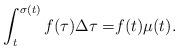
LaTeX: \begin{align*}\int_t^{\sigma (t)} {f(\tau )\Delta \tau = } f(t)\mu (t).\end{align*}